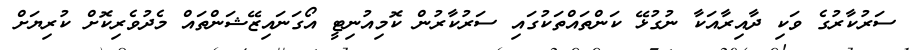
ސަރުކާރުގެ ވަކި ދާއިރާއަކާ ނުގުޅޭ ކަންތައްތަކުގައި ސަރުކާރުން ކޮމިއުނިޓީ އޯގަނައިޒޭޝަންތައް މެދުވެރިކޮށް ކުރިޔަށް